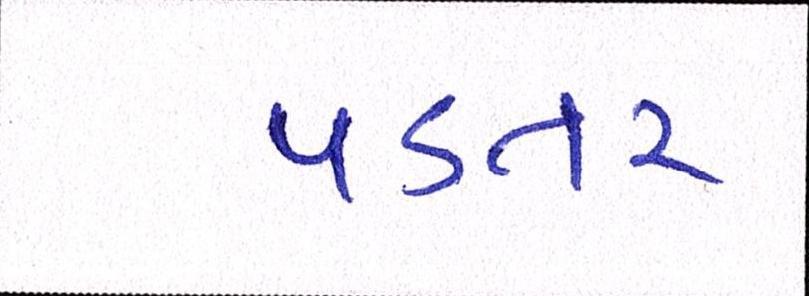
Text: પડતર